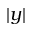
| y |